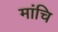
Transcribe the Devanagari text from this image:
मांचि